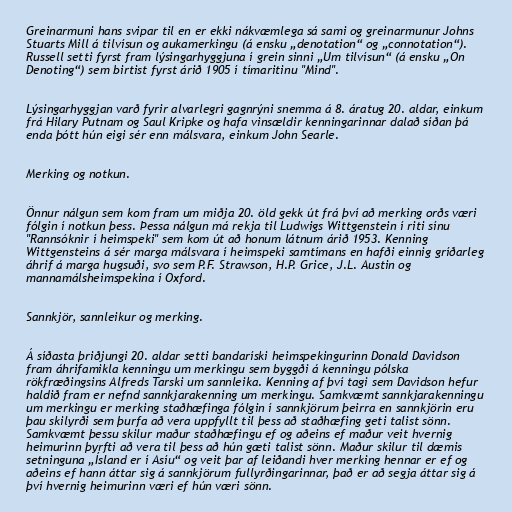
Greinarmuni hans svipar til en er ekki nákvæmlega sá sami og greinarmunur Johns
Stuarts Mill á tilvísun og aukamerkingu (á ensku „denotation“ og „connotation“).
Russell setti fyrst fram lýsingarhyggjuna í grein sinni „Um tilvísun“ (á ensku „On
Denoting“) sem birtist fyrst árið 1905 í tímaritinu "Mind".

Lýsingarhyggjan varð fyrir alvarlegri gagnrýni snemma á 8. áratug 20. aldar, einkum
frá Hilary Putnam og Saul Kripke og hafa vinsældir kenningarinnar dalað síðan þá
enda þótt hún eigi sér enn málsvara, einkum John Searle.

Merking og notkun.

Önnur nálgun sem kom fram um miðja 20. öld gekk út frá því að merking orðs væri
fólgin í notkun þess. Þessa nálgun má rekja til Ludwigs Wittgenstein í riti sínu
"Rannsóknir í heimspeki" sem kom út að honum látnum árið 1953. Kenning
Wittgensteins á sér marga málsvara í heimspeki samtímans en hafði einnig gríðarleg
áhrif á marga hugsuði, svo sem P.F. Strawson, H.P. Grice, J.L. Austin og
mannamálsheimspekina í Oxford.

Sannkjör, sannleikur og merking.

Á síðasta þriðjungi 20. aldar setti bandaríski heimspekingurinn Donald Davidson
fram áhrifamikla kenningu um merkingu sem byggði á kenningu pólska
rökfræðingsins Alfreds Tarski um sannleika. Kenning af því tagi sem Davidson hefur
haldið fram er nefnd sannkjarakenning um merkingu. Samkvæmt sannkjarakenningu
um merkingu er merking staðhæfinga fólgin í sannkjörum þeirra en sannkjörin eru
þau skilyrði sem þurfa að vera uppfyllt til þess að staðhæfing geti talist sönn.
Samkvæmt þessu skilur maður staðhæfingu ef og aðeins ef maður veit hvernig
heimurinn þyrfti að vera til þess að hún gæti talist sönn. Maður skilur til dæmis
setninguna „Ísland er í Asíu“ og veit þar af leiðandi hver merking hennar er ef og
aðeins ef hann áttar sig á sannkjörum fullyrðingarinnar, það er að segja áttar sig á
því hvernig heimurinn væri ef hún væri sönn.